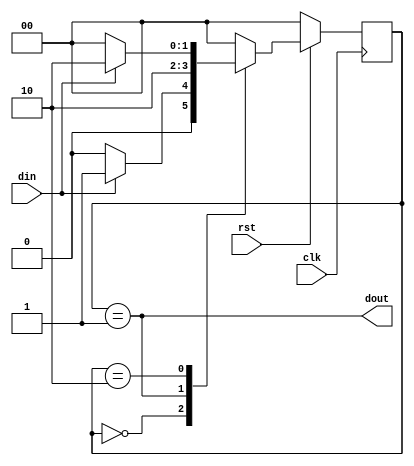
`timescale 1ns/1ns
module fsm_pos_edge_moore(/*AUTOARG*/
   // Outputs
   dout,
   // Inputs
   clk, rst, din
   );
   input clk;
   input rst;
   input din;
   output dout;

   /*AUTOREG*/
   /*AUTOWIRE*/

   localparam [1:0] s0 = 'h0,
		    s1 = 'h1,
		    s2 = 'h2;

   reg [1:0]	    st_reg, st_nxt;

   always@(posedge clk)
     begin
	if(!rst)
	  st_reg <= s0;
	else
	  st_reg <= st_nxt;
     end

   always@(/*AUTOSENSE*/din or st_reg)
     begin
	st_nxt = s0;
	case(st_reg)
	  s0 : if(din)
	    st_nxt = s1;
	  else
	    st_nxt = s0;
	  
	  s1 : st_nxt = s2;

	  s2 : if(din)
	    st_nxt = s2;
	  else
	    st_nxt = s0;
	  default : st_nxt = s0;
	endcase // case (st_reg)
     end // always@ (...

   assign dout = (st_reg == s1);

endmodule // fsm_pos_edge_moore